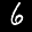
Label: 6